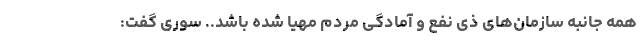
همه جانبه سازمان‌های ذی نفع و آمادگی مردم مهیا شده باشد.. سوری گفت: